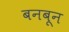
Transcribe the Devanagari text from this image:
बनबून